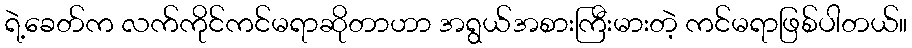
ရဲ့ခေတ်က လက်ကိုင်ကင်မရာဆိုတာဟာ အရွယ်အစားကြီးမားတဲ့ ကင်မရာဖြစ်ပါတယ်။